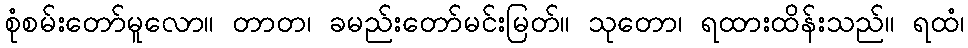
စုံစမ်းတော်မူလော။ တာတ၊ ခမည်းတော်မင်းမြတ်။ သုတော၊ ရထားထိန်းသည်။ ရထံ၊